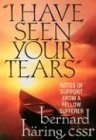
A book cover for I Have Seen Your Tears: Notes of Support from a Fellow Sufferer; Bernard Haring; Christian Books & Bibles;